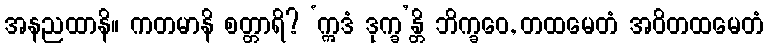
အနညထာနိ။ ကတမာနိ စတ္တာရိ? ‘ဣဒံ ဒုက္ခ’န္တိ ဘိက္ခဝေ, တထမေတံ အဝိတထမေတံ